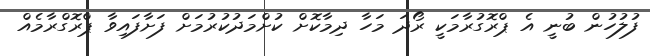
ފުލުހުން ބުނީ އެ ޕްރޮގުރާމަކީ ރޯދަ މަހާ ދިމާކޮށް ކުށްމަދުކުރުމަށް ފަށާފައިވާ ޕްރޮގްރާމެއް